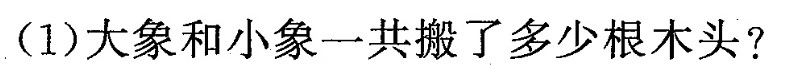
(1)大象和小象一共搬了多少根木头?